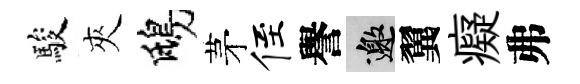
駿夾鴟茅侄譽邀翼癡弗